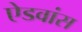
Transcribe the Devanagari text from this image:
ऐडवांस